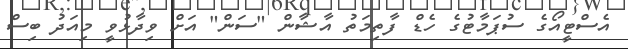
އެސްޓީއޯގެ ސުޕަމާޓުގެ ހެޑް ފާތިމަތު އާޝާން "ސަން" އަށް ވިދާޅުވީ މިއަދު ބިސް